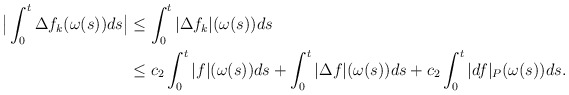
\begin{align*} \big|\int_0^t \Delta f_k(\omega(s))ds\big| &\leq \int_0^t |\Delta f_k|(\omega(s))ds\\&\leq c_2 \int_0^t | f|(\omega(s))ds+\int_0^t |\Delta f|(\omega(s))ds+c_2 \int_0^t |d f|_P(\omega(s))ds.\end{align*}